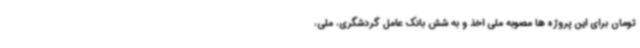
تومان برای این پروژه ها مصوبه ملی اخذ و به شش بانک عامل گردشگری، ملی،